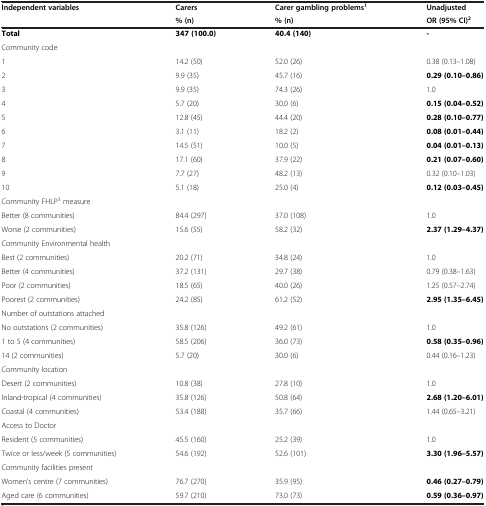
<table><thead><tr><td><b>Independent variables</b></td><td><b>Carers</b></td><td><b>Carer gambling problems<sup>1</sup></b></td><td><b>Unadjusted</b></td></tr><tr><td><b> </b></td><td><b>% (n)</b></td><td><b>% (n)</b></td><td><b>OR (95% CI)<sup>2</sup></b></td></tr></thead><tbody><tr><td><b>Total</b></td><td><b>347 (100.0)</b></td><td><b>40.4 (140)</b></td><td><b>-</b></td></tr><tr><td>Community code</td><td> </td><td> </td><td> </td></tr><tr><td>1</td><td>14.2 (50)</td><td>52.0 (26)</td><td>0.38 (0.13–1.08)</td></tr><tr><td>2</td><td>9.9 (35)</td><td>45.7 (16)</td><td><b>0.29 (0.10–0.86)</b></td></tr><tr><td>3</td><td>9.9 (35)</td><td>74.3 (26)</td><td>1.0</td></tr><tr><td>4</td><td>5.7 (20)</td><td>30.0 (6)</td><td><b>0.15 (0.04–0.52)</b></td></tr><tr><td>5</td><td>12.8 (45)</td><td>44.4 (20)</td><td><b>0.28 (0.10–0.77)</b></td></tr><tr><td>6</td><td>3.1 (11)</td><td>18.2 (2)</td><td><b>0.08 (0.01–0.44)</b></td></tr><tr><td>7</td><td>14.5 (51)</td><td>10.0 (5)</td><td><b>0.04 (0.01–0.13)</b></td></tr><tr><td>8</td><td>17.1 (60)</td><td>37.9 (22)</td><td><b>0.21 (0.07–0.60)</b></td></tr><tr><td>9</td><td>7.7 (27)</td><td>48.2 (13)</td><td>0.32 (0.10–1.03)</td></tr><tr><td>10</td><td>5.1 (18)</td><td>25.0 (4)</td><td><b>0.12 (0.03–0.45)</b></td></tr><tr><td>Community FHLP<sup>3</sup> measure</td><td> </td><td> </td><td> </td></tr><tr><td>Better (8 communities)</td><td>84.4 (297)</td><td>37.0 (108)</td><td>1.0</td></tr><tr><td>Worse (2 communities)</td><td>15.6 (55)</td><td>58.2 (32)</td><td><b>2.37 (1.29–4.37)</b></td></tr><tr><td>Community Environmental health</td><td> </td><td> </td><td> </td></tr><tr><td>Best (2 communities)</td><td>20.2 (71)</td><td>34.8 (24)</td><td>1.0</td></tr><tr><td>Better (4 communities)</td><td>37.2 (131)</td><td>29.7 (38)</td><td>0.79 (0.38–1.63)</td></tr><tr><td>Poor (2 communities)</td><td>18.5 (65)</td><td>40.0 (26)</td><td>1.25 (0.57–2.74)</td></tr><tr><td>Poorest (2 communities)</td><td>24.2 (85)</td><td>61.2 (52)</td><td><b>2.95 (1.35–6.45)</b></td></tr><tr><td>Number of outstations attached</td><td> </td><td> </td><td> </td></tr><tr><td>No outstations (2 communities)</td><td>35.8 (126)</td><td>49.2 (61)</td><td>1.0</td></tr><tr><td>1 to 5 (4 communities)</td><td>58.5 (206)</td><td>36.0 (73)</td><td><b>0.58 (0.35–0.96)</b></td></tr><tr><td>14 (2 communities)</td><td>5.7 (20)</td><td>30.0 (6)</td><td>0.44 (0.16–1.23)</td></tr><tr><td>Community location</td><td> </td><td> </td><td> </td></tr><tr><td>Desert (2 communities)</td><td>10.8 (38)</td><td>27.8 (10)</td><td>1.0</td></tr><tr><td>Inland-tropical (4 communities)</td><td>35.8 (126)</td><td>50.8 (64)</td><td><b>2.68 (1.20–6.01)</b></td></tr><tr><td>Coastal (4 communities)</td><td>53.4 (188)</td><td>35.7 (66)</td><td>1.44 (0.65–3.21)</td></tr><tr><td>Access to Doctor</td><td> </td><td> </td><td> </td></tr><tr><td>Resident (5 communities)</td><td>45.5 (160)</td><td>25.2 (39)</td><td>1.0</td></tr><tr><td>Twice or less/week (5 communities)</td><td>54.6 (192)</td><td>52.6 (101)</td><td><b>3.30 (1.96–5.57)</b></td></tr><tr><td>Community facilities present</td><td> </td><td> </td><td> </td></tr><tr><td>Women’s centre (7 communities)</td><td>76.7 (270)</td><td>35.9 (95)</td><td><b>0.46 (0.27–0.79)</b></td></tr><tr><td>Aged care (6 communities)</td><td>59.7 (210)</td><td>73.0 (73)</td><td><b>0.59 (0.36–0.97)</b></td></tr></tbody></table>